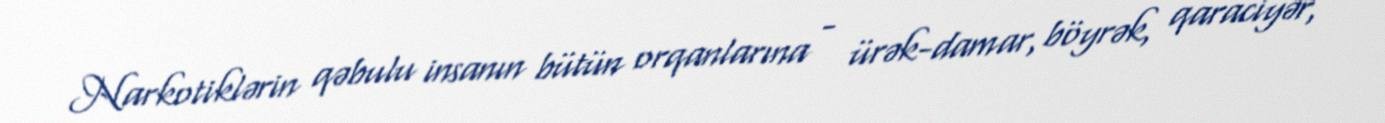
Narkotiklərin qəbulu insanın bütün orqanlarına - ürək-damar, böyrək, qaraciyər,